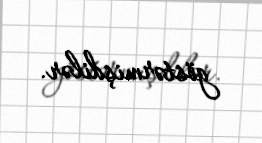
göstərmişdilər.